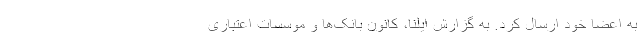
به اعضا خود ارسال کرد. به گزارش ایلنا، کانون بانک‌ها و موسسات اعتباری